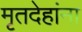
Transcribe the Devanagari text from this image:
मृतदेहांना